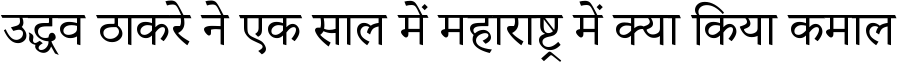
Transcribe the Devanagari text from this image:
उद्धव ठाकरे ने एक साल में महाराष्ट्र में क्या किया कमाल